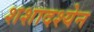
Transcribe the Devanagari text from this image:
शशादश्येन